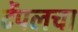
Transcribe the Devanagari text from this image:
टेंपलचा